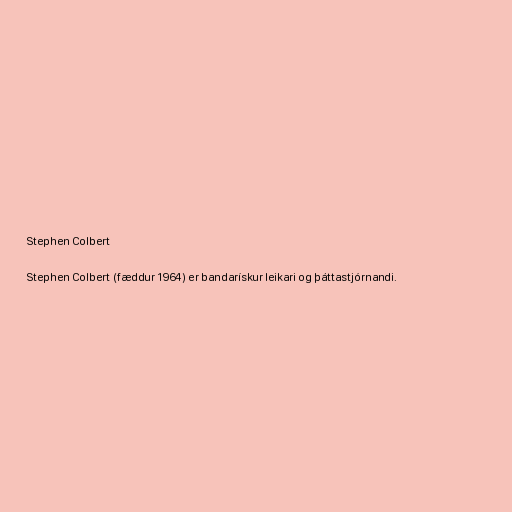
Stephen Colbert

Stephen Colbert (fæddur 1964) er bandarískur leikari og þáttastjórnandi.